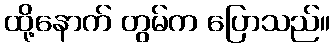
ထို့နောက် တွမ်က ပြောသည်။